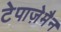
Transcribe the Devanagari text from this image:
टेपाज़ेमैन